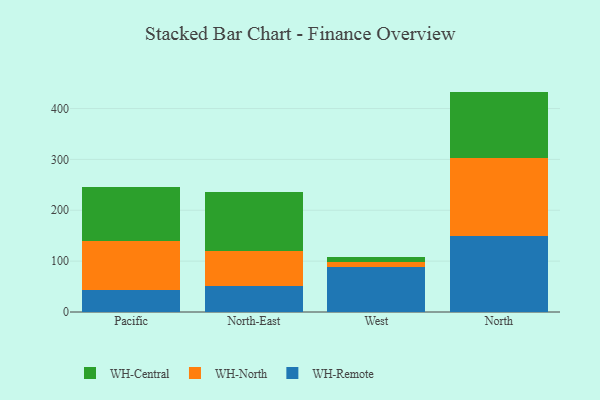
{"axis": {"x": "Region", "y": "Operating Costs (USD K)"}, "legend": ["WH-Central", "WH-North", "WH-Remote"], "data": [{"x": "Pacific", "y": 42.7, "type": "WH-Remote"}, {"x": "Pacific", "y": 97.8, "type": "WH-North"}, {"x": "Pacific", "y": 104.6, "type": "WH-Central"}, {"x": "North-East", "y": 51.3, "type": "WH-Remote"}, {"x": "North-East", "y": 68.9, "type": "WH-North"}, {"x": "North-East", "y": 114.8, "type": "WH-Central"}, {"x": "West", "y": 88.4, "type": "WH-Remote"}, {"x": "West", "y": 9.8, "type": "WH-North"}, {"x": "West", "y": 10.4, "type": "WH-Central"}, {"x": "North", "y": 149.5, "type": "WH-Remote"}, {"x": "North", "y": 152.4, "type": "WH-North"}, {"x": "North", "y": 131.4, "type": "WH-Central"}]}